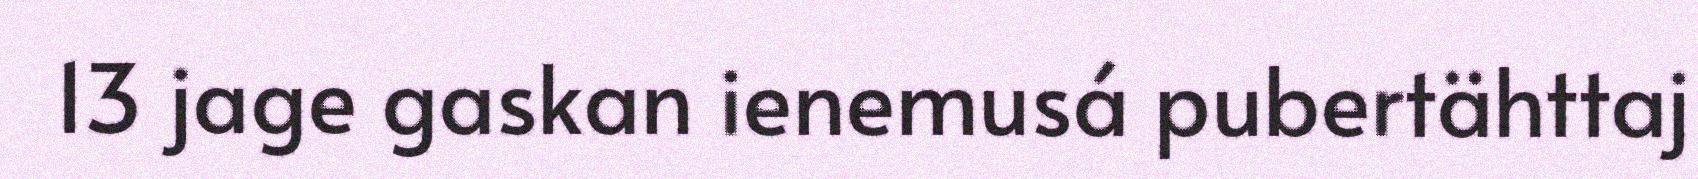
13 jage gaskan ienemusá pubertähttaj